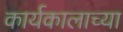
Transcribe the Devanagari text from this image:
कार्यकालाच्या